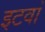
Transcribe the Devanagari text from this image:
इटवां